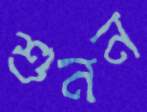
শুনন